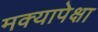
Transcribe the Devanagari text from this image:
मक्यापेक्षा